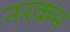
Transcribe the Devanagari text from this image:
नरकम